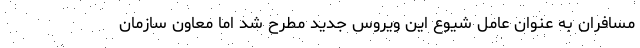
مسافران به عنوان عامل شیوع این ویروس جدید مطرح شد اما معاون سازمان